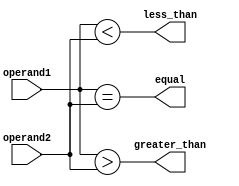
module magnitude_comparator (
    input [7:0] operand1,
    input [7:0] operand2,
    output equal,
    output greater_than,
    output less_than
);

assign equal = (operand1 == operand2);
assign greater_than = (operand1 > operand2);
assign less_than = (operand1 < operand2);

endmodule